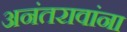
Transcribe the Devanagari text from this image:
अनंतरावांना